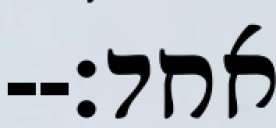
אחד׃--